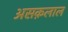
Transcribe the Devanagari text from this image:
असक़लाल